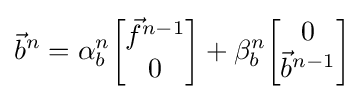
{\vec {b}}^{n}=\alpha _{b}^{n}{\begin{bmatrix}{\vec {f}}^{n-1}\\0\end{bmatrix}}+\beta _{b}^{n}{\begin{bmatrix}0\\{\vec {b}}^{n-1}\end{bmatrix}}